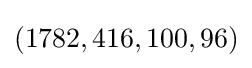
(1782,416,100,96)